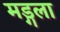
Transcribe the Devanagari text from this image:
मड्गला